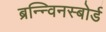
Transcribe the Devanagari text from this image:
ब्रन्न्विनस्बोर्ड